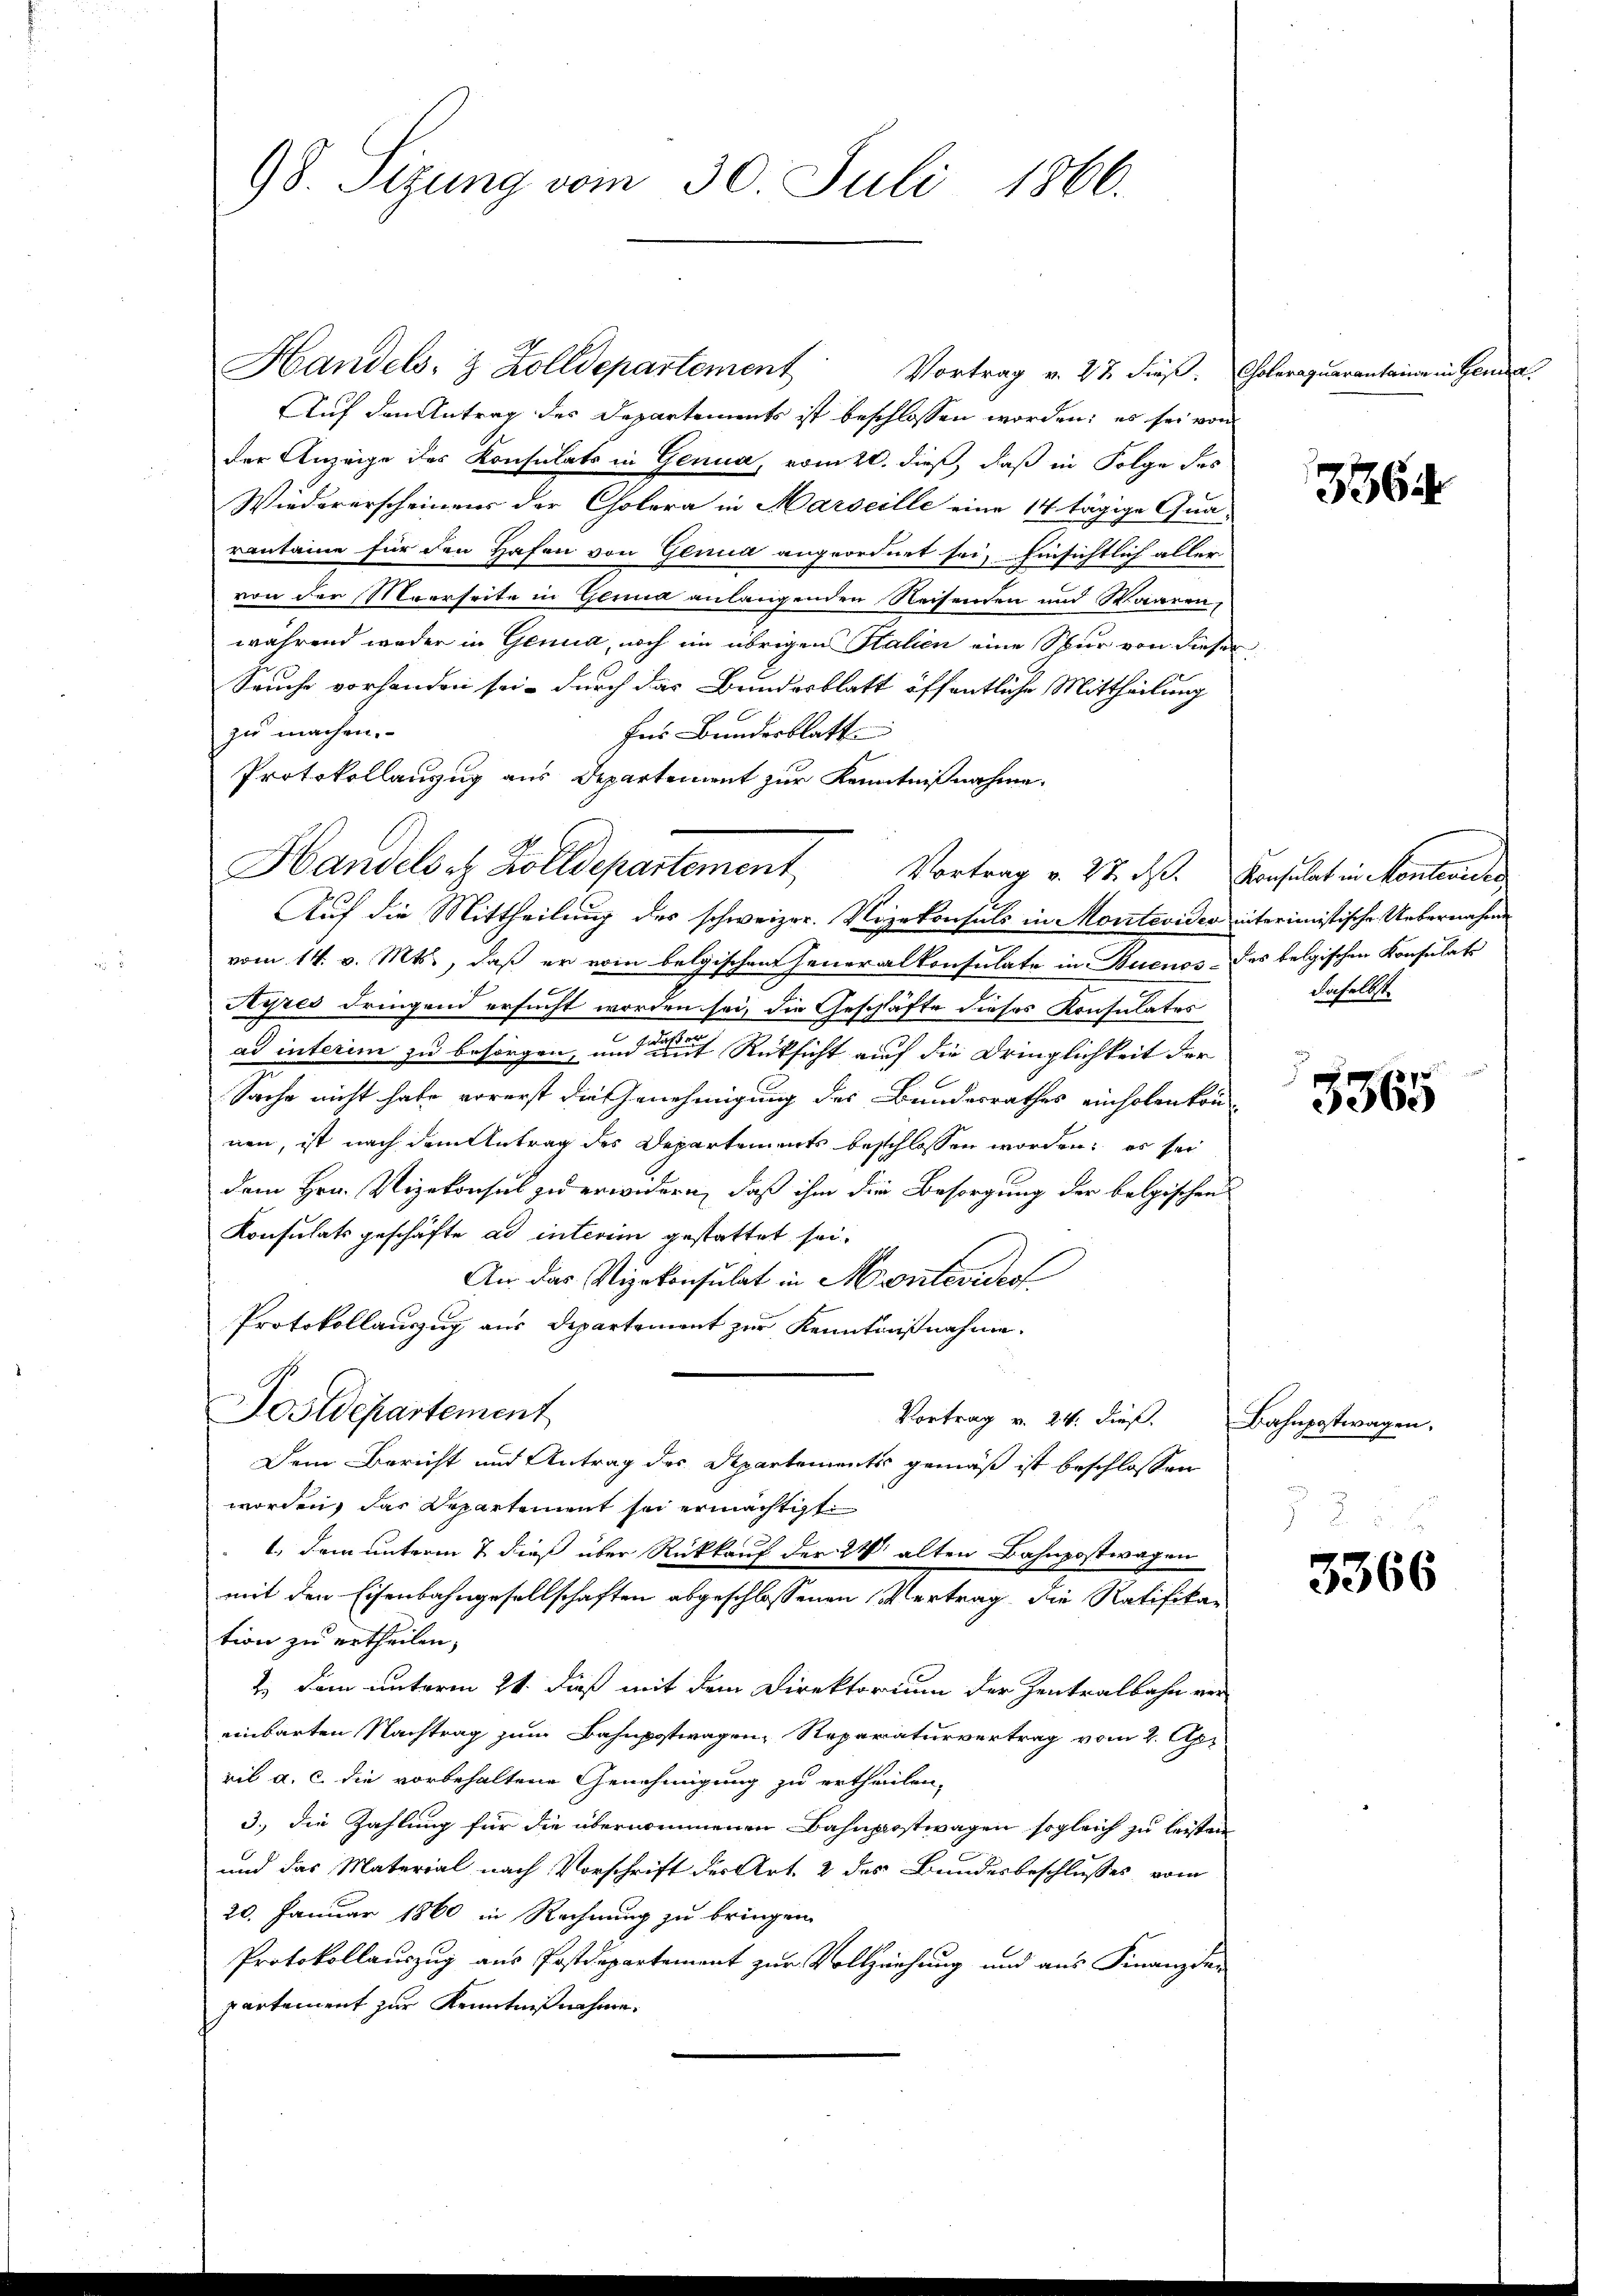
98. Sizung vom 30. Juli 1866.

Handels- & Zolldepartement
Auf den Antrag des Departements ist beschlossen worden; es sei von
der Anzeige des Konsulats in Genua, vom 20. dieß, daß in Folge des
Wiedererscheinens der Cholera in Marseille eine 14 tägige Qua-
vantaine für den Hafen von Genua angeordnet sei, hinsichtlich aller-
von der Meerseite in Glina anlangenden Reisenden und Waaren,
während weder in Genua, noch im übrigen Salien eine Spur von dieser
Seuche vorhanden sei, durch das Bundesblatt öffentliche Mittheilung
zu machen.
Ins Bundesblatt
Protokollanzug aus Departement zur Kenntnißnahme.
Auf die Mittheilung des schweizer. Nezekonsuls in Montevideo interimistische Uebernahme
vom 14. v. Mts., daß er vom belgischen Feueralkonsulate in Buenos des belgischen Konsulats
Ayres dringend ersucht worden sei, die Geschäfte dieses Konsulatos
ad interim zu besorgen, und mit Rücksicht auf die Dringlichkeit der
Sache nicht habe vorerst die Genehmigung des Bundesrathes einholenkon
nen, ist nach dem Antrag des Departements beschlossen worden; es sei
dem Hrn. Vizekonsul zu erwidern, daß ihm die Besorgung der belgischen
Konsulatsgeschäfte ad interim gestattet sei.
An das Vizekonsulat in Montevideol
Protokollauszug aus Departement zur Kenntnißnahme.
Postdepartement
Vortrag v. 24. dieß. Bahnpostwagen.
Dem Bericht und Antrag des Departementes gemäß ist beschlossen
worden, das Departement sei ermächtigt
1., dem unterm 7 dieß über Rückkauf der 24 alten Bahnpostwagen
mit den Eisenbahngesellschaften abgeschlossenen Vertrag, die Ratifikan
tion zu ertheilen,
2. Dem unterm 21. dieß mit dem Direktorium der Zentralbahn ver-
einbarten Nachtrag zum Bahnpotwagen, Reparaturvertrag vom 2. Apr
ril a. c. die vorbehaltene Genehmigung zu ertheilen,
3.) Die Zahlung für die übernommenen Bahnpostwagen sogleich zu leisten
und das Material nach Vorschrift der Art. 2 des Bundesbeschlusses vom
20. Januar 1860 in Rechnung zu bringen.
Protokollauszug aus Postdepartement zur Vollziehung und aus Finanzden
partement zur Kenntnißnahme.

Handelsatz Zolldepartement, Vortrag v. 22. ds. Konsulat in Kontenden

Vortrag v. 27. dieß. Coleraquarantaine in Geme

336

daselbst.

3365

3366